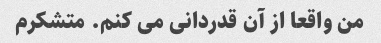
من واقعا از آن قدردانی می کنم. متشکرم